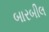
બારબીલ